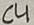
Text: C4